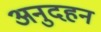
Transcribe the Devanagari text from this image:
अनुदहन